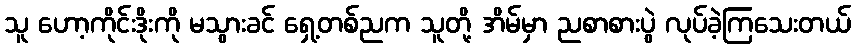
သူ ဟော့ကိုင်းဒိုးကို မသွားခင် ရှေ့တစ်ညက သူတို့ အိမ်မှာ ညစာစားပွဲ လုပ်ခဲ့ကြသေးတယ်